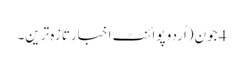
4 جون(اُردو پوائنٹ اخبارتازہ ترین۔